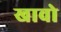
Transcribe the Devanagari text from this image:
खावो